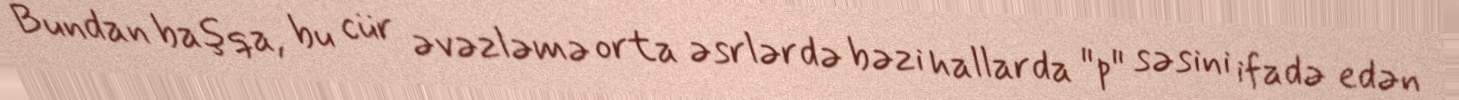
Bundan başqa, bu cür əvəzləmə orta əsrlərdə bəzi hallarda "p" səsini ifadə edən